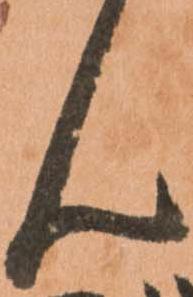
ん